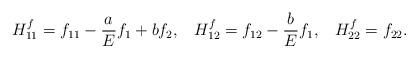
LaTeX: \begin{align*}H_{11}^f = f_{11} - \frac{a}{E}f_1+bf_2, \;\;\; H_{12}^f = f_{12}-\frac{b}{E}f_1, \;\;\; H_{22}^f = f_{22}.\end{align*}